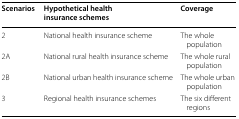
| Scenarios | Hypothetical health insurance schemes | Coverage |
 | --- | --- | --- |
 | 2 | National health insurance scheme | The whole population |
 | 2A | National rural health insurance scheme | The whole rural population |
 | 2B | National urban health insurance scheme | The whole urban population |
 | 3 | Regional health insurance schemes | The six different regions |